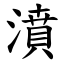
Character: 濆